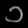
Digit: ၁